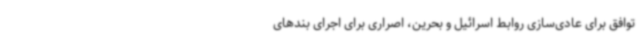
توافق برای عادی‌سازی روابط اسرائیل و بحرین، اصراری برای اجرای بندهای